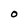
Character: O